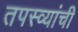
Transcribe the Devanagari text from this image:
तपस्व्यांची